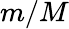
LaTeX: m/M